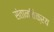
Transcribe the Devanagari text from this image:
संतानविक्रय